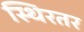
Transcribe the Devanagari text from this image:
स्थिरतर